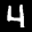
Label: 4